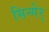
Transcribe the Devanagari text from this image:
सिन्गेर्